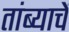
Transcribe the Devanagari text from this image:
तांब्याचें